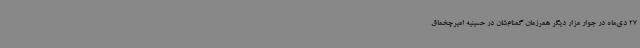
27 دی‌ماه در جوار مزار دیگر همرزمان گمنام‌شان در حسینیه امیرچخماق